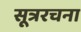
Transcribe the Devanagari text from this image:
सूत्ररचना